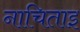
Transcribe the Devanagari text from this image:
नाचिताइ